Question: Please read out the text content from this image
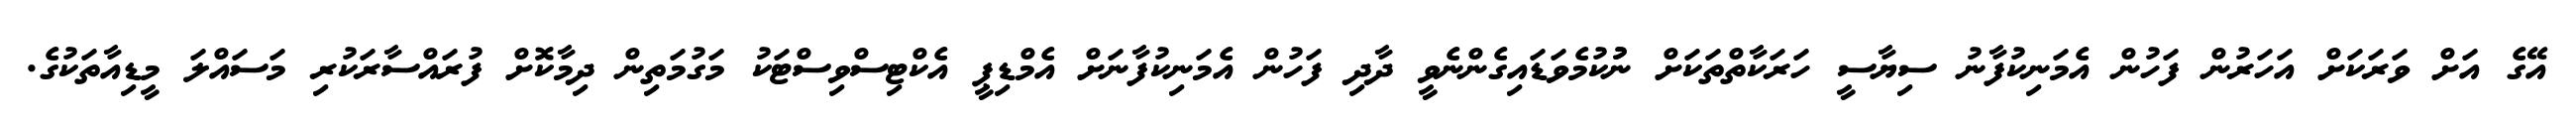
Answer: އޭގެ އަށް ވަރަކަށް އަހަރުން ފަހުން އެމަނިކުފާނު ސިޔާސީ ހަރަކާތްތަކަށް ނުުކުމެވަޑައިގެންނެވީ ދާދި ފަހުން އެމަނިކުފާނަށް އެމްޑިޕީ އެކްޓިސްވިސްޓަކު މަގުމަތިން ދިމާކޮށް ފުރައްސާރަކުރި މަސައްލަ މީޑިއާތަކުގެ.